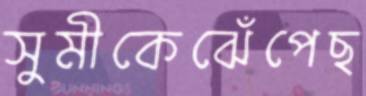
সুমীকেঝেঁপেছ